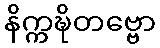
နိက္ကဍ္ဎိတဗ္ဗော